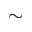
\sim